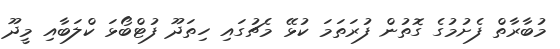
މުބާރާތް ފެށުމުގެ ގޮތުން ފުރަތަމަ ކުޅޭ މެޗުގައި ހިތަދޫ ފުޓްބޯޅަ ކްލަބާއި މީދޫ